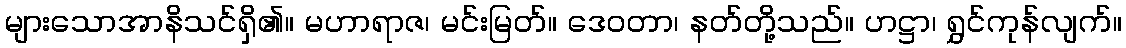
များသောအာနိသင်ရှိ၏။ မဟာရာဇ၊ မင်းမြတ်။ ဒေဝတာ၊ နတ်တို့သည်။ ဟဋ္ဌာ၊ ရွှင်ကုန်လျက်။